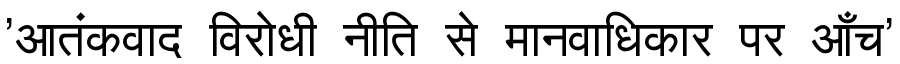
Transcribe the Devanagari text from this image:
'आतंकवाद विरोधी नीति से मानवाधिकार पर आँच'